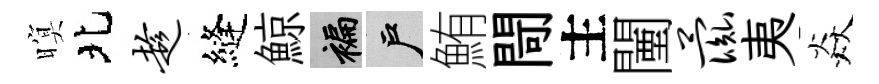
暝北趁縫鯨褊户鮪閜主闉彘夷焱